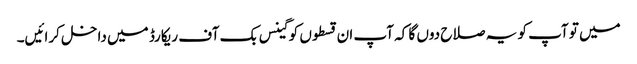
میں تو آپ کو یہ صلاح دوں گا کہ آپ ان قسطوں کو گینس بک آف ریکارڈ میں داخل کرائیں۔